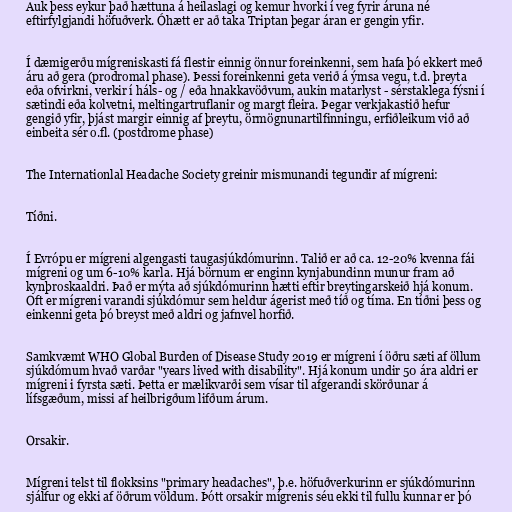
Auk þess eykur það hættuna á heilaslagi og kemur hvorki í veg fyrir áruna né
eftirfylgjandi höfuðverk. Óhætt er að taka Triptan þegar áran er gengin yfir.

Í dæmigerðu mígreniskasti fá flestir einnig önnur foreinkenni, sem hafa þó ekkert með
áru að gera (prodromal phase). Þessi foreinkenni geta verið á ýmsa vegu, t.d. þreyta
eða ofvirkni, verkir í háls- og / eða hnakkavöðvum, aukin matarlyst - sérstaklega fýsni í
sætindi eða kolvetni, meltingartruflanir og margt fleira. Þegar verkjakastið hefur
gengið yfir, þjást margir einnig af þreytu, örmögnunartilfinningu, erfiðleikum við að
einbeita sér o.fl. (postdrome phase)

The Internationlal Headache Society greinir mismunandi tegundir af mígreni:

Tíðni.

Í Evrópu er mígreni algengasti taugasjúkdómurinn. Talið er að ca. 12-20% kvenna fái
mígreni og um 6-10% karla. Hjá börnum er enginn kynjabundinn munur fram að
kynþroskaaldri. Það er mýta að sjúkdómurinn hætti eftir breytingarskeið hjá konum.
Oft er mígreni varandi sjúkdómur sem heldur ágerist með tíð og tíma. En tíðni þess og
einkenni geta þó breyst með aldri og jafnvel horfið.

Samkvæmt WHO Global Burden of Disease Study 2019 er mígreni í öðru sæti af öllum
sjúkdómum hvað varðar "years lived with disability". Hjá konum undir 50 ára aldri er
mígreni i fyrsta sæti. Þetta er mælikvarði sem vísar til afgerandi skörðunar á
lífsgæðum, missi af heilbrigðum lifðum árum.

Orsakir.

Mígreni telst til flokksins "primary headaches", þ.e. höfuðverkurinn er sjúkdómurinn
sjálfur og ekki af öðrum völdum. Þótt orsakir mígrenis séu ekki til fullu kunnar er þó